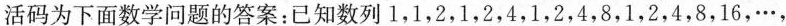
活码为下面数学问题的答案：已知1,1,2,1,2,4,1,2,4,8,1,2,4,8,16，…，